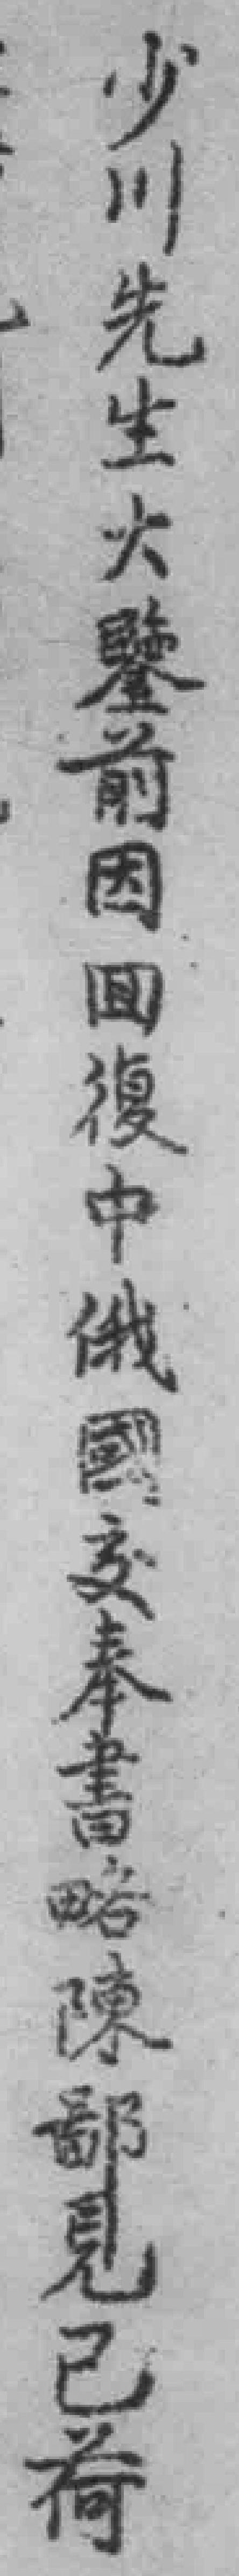
少川先生大鑒前因回復中俄國交奉書略陳鄙見已荷